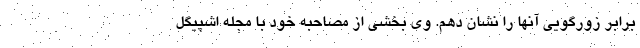
برابر زورگویی آنها را نشان دهم. وی بخشی از مصاحبه خود با مجله اشپیگل